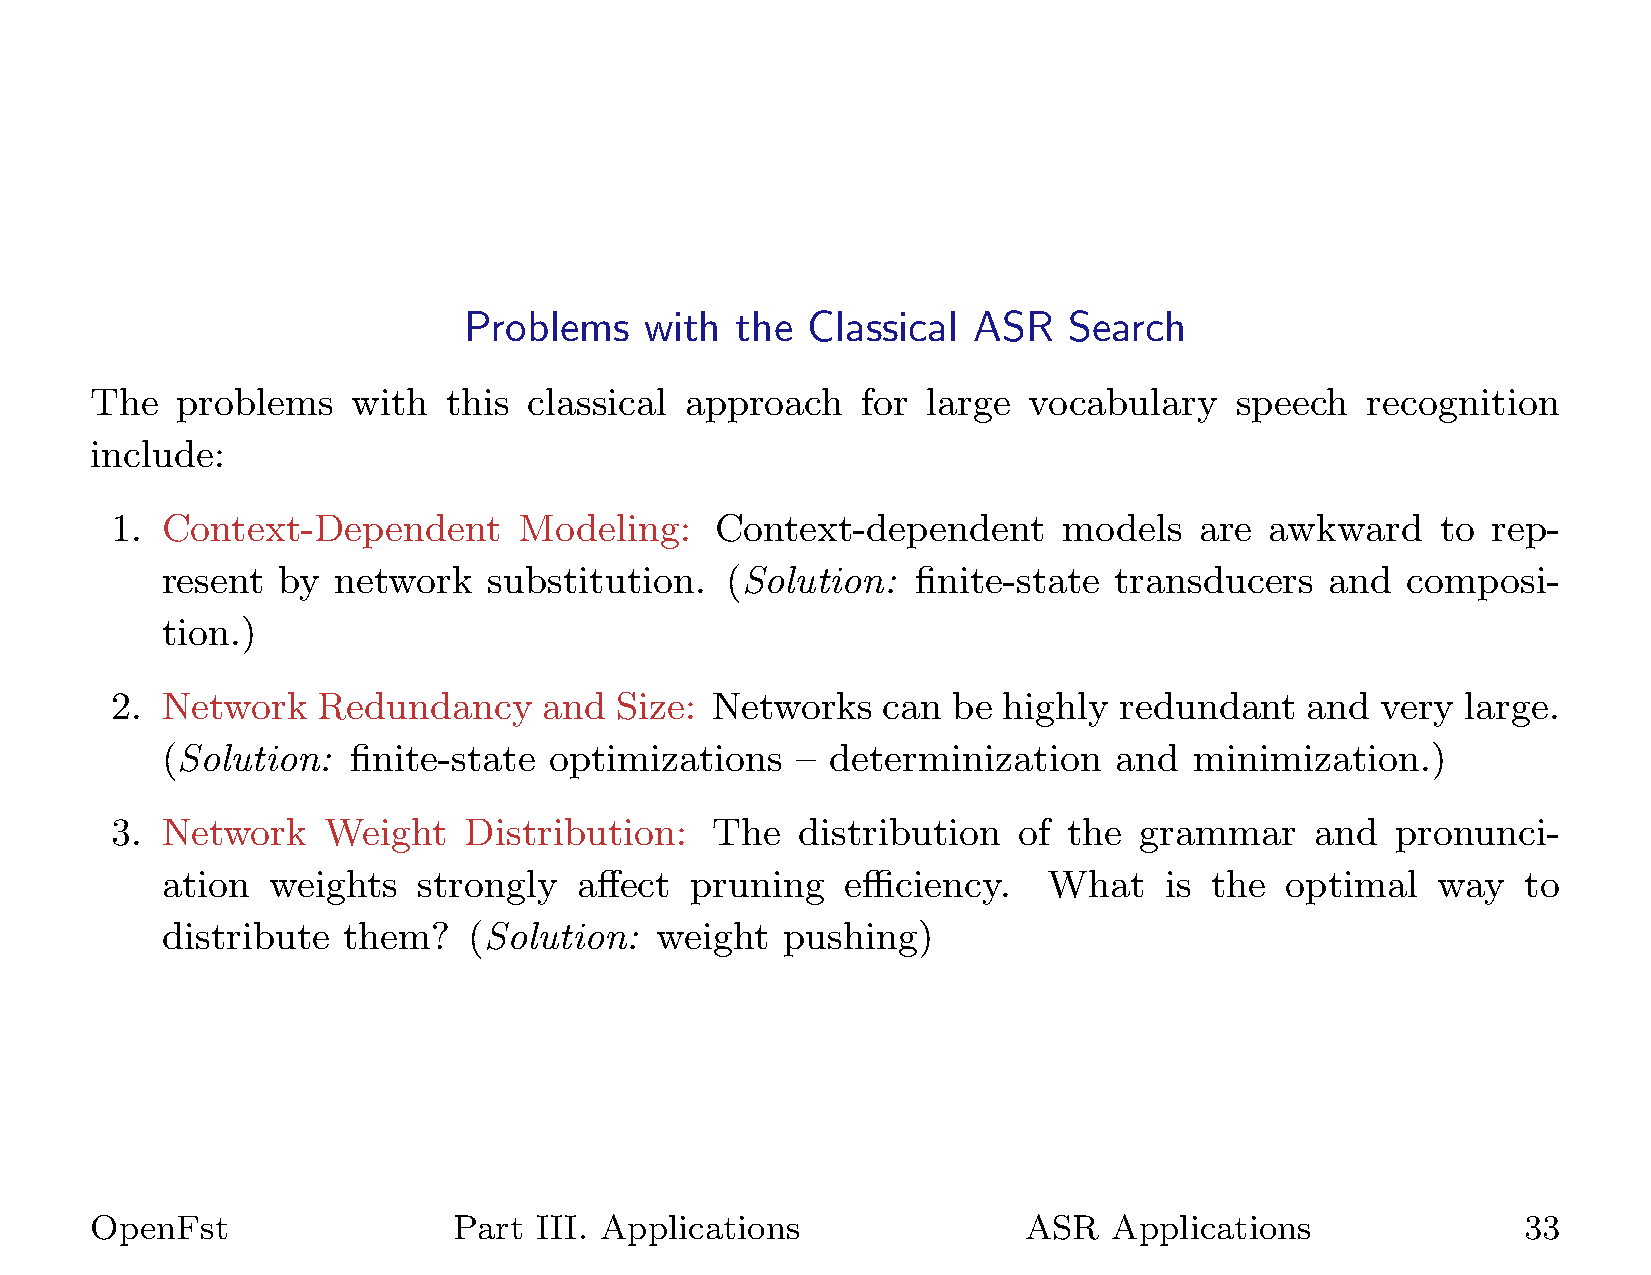
Problems    with  the Classical  ASR    Search
 The   problems   with   this classical approach    for large  vocabulary    speech   recognition
 include:
 1.  Context-Dependent      Modeling:    Context-dependent      models   are  awkward    to  rep-
 resent by  network   substitution.   (Solution:   finite-state transducers   and  composi-
 tion.)
 2.  Network   Redundancy     and  Size: Networks   can  be highly  redundant    and very  large.
 (Solution:  finite-state optimizations    – determinization    and  minimization.)
 3.  Network   Weight    Distribution:   The   distribution  of  the grammar     and  pronunci-
 ation  weights   strongly  affect  pruning   efficiency.  What    is the  optimal   way   to
 distribute  them?   (Solution:  weight   pushing)
 OpenFst                 Part III. Applications                ASR   Applications               33